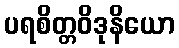
ပရစိတ္တဝိဒုနိယော